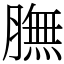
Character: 膴